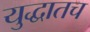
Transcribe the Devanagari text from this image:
युद्धातच